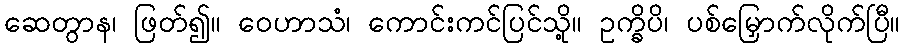
ဆေတွာန၊ ဖြတ်၍။ ဝေဟာသံ၊ ကောင်းကင်ပြင်သို့။ ဥက္ခိပိ၊ ပစ်မြှောက်လိုက်ပြီ။